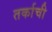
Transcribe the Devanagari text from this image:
तर्काची